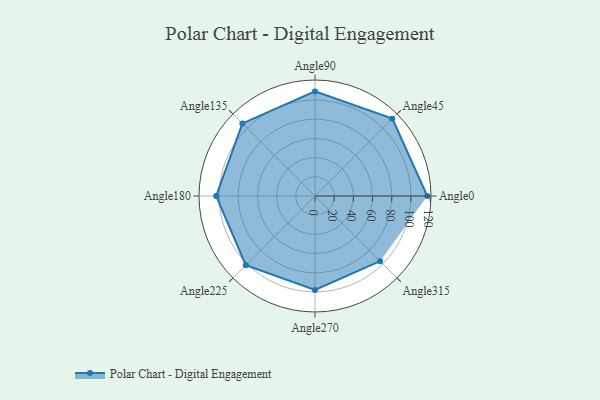
{"axis": {"x": "Angle", "y": "Radius"}, "legend": [""], "data": [{"x": "Angle0", "y": 117.0, "type": ""}, {"x": "Angle45", "y": 114.0, "type": ""}, {"x": "Angle90", "y": 109.0, "type": ""}, {"x": "Angle135", "y": 107.0, "type": ""}, {"x": "Angle180", "y": 103.0, "type": ""}, {"x": "Angle225", "y": 102.0, "type": ""}, {"x": "Angle270", "y": 98.0, "type": ""}, {"x": "Angle315", "y": 96.0, "type": ""}]}